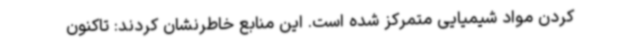
کردن مواد شیمیایی متمرکز شده است. این منابع خاطرنشان کردند: تاکنون